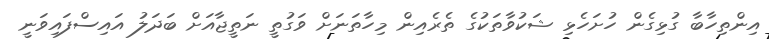
އިންތިހާބާ ގުޅިގެން ހުށަހެޅި ޝަކުވާތަކުގެ ތެރެއިން މިހާތަނަށް ވަގުތީ ނަތީޖާއަށް ބަދަލު އައިސްފައިވަނީ